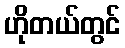
ဟိုတယ်တွင်